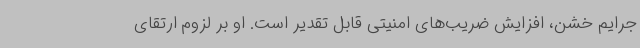
جرایم خشن، افزایش ضریب‌های امنیتی قابل تقدیر است. او بر لزوم ارتقای